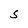
Character: S